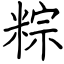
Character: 粽